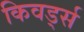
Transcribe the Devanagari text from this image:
किवर्ड्स